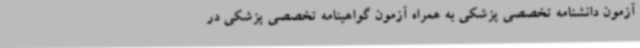
آزمون دانشنامه تخصصی پزشکی به همراه آزمون گواهینامه تخصصی پزشکی در